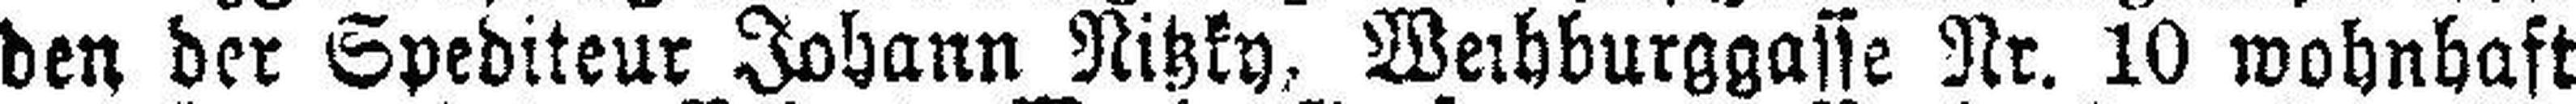
den der Spediteur Johann Nitzky, Weihburggasse Nr. 10 wohnhaft